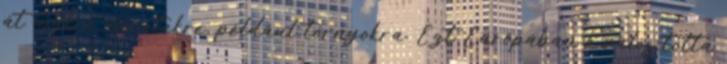
át makró méretekre, például tornyokra. Ezt Európában ô valósította